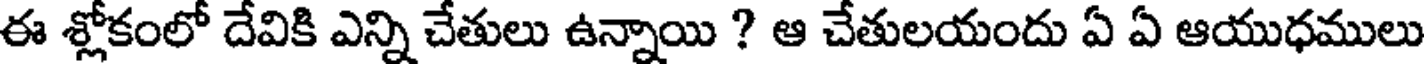
ఈ శ్లోకంలో దేవికి ఎన్ని చేతులు ఉన్నాయి ? ఆ చేతులయందు ఏ ఏ ఆయుధములు